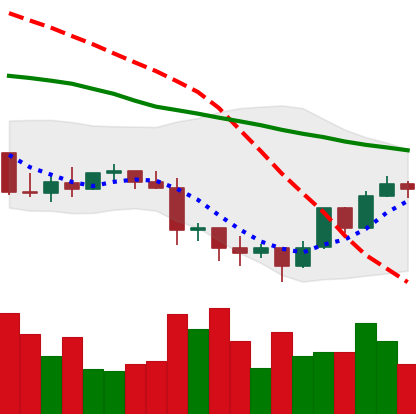
Ticker: LTC-USD
Chart end date: 2022-01-16
Forward return: -21.934%
Label: down_7plus